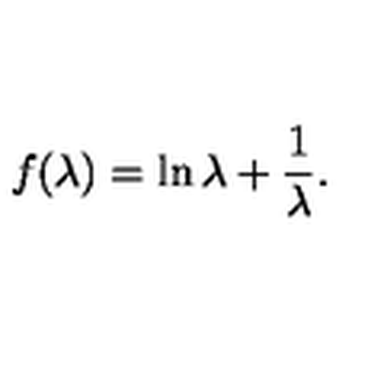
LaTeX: f ( \lambda ) = \ln \lambda + \frac 1 \lambda .